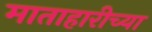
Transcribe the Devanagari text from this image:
माताहारीच्या